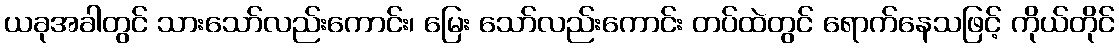
ယခုအခါတွင် သားသော်လည်းကောင်း၊ မြေး သော်လည်းကောင်း တပ်ထဲတွင် ရောက်နေသဖြင့် ကိုယ်တိုင်